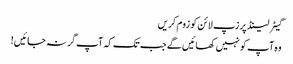
گیٹر لینڈ پر زپ لائن کو زوم کریں
وہ آپ کو نہیں کھائیں گے جب تک کہ آپ گر نہ جائیں!